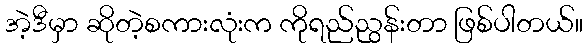
အဲ့ဒီမှာ ဆိုတဲ့စကားလုံးက ကိုရည်ညွန်းတာ ဖြစ်ပါတယ်။